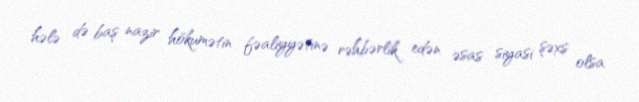
hələ də baş nazir hökumətin fəaliyyətinə rəhbərlik edən əsas siyasi şəxs olsa